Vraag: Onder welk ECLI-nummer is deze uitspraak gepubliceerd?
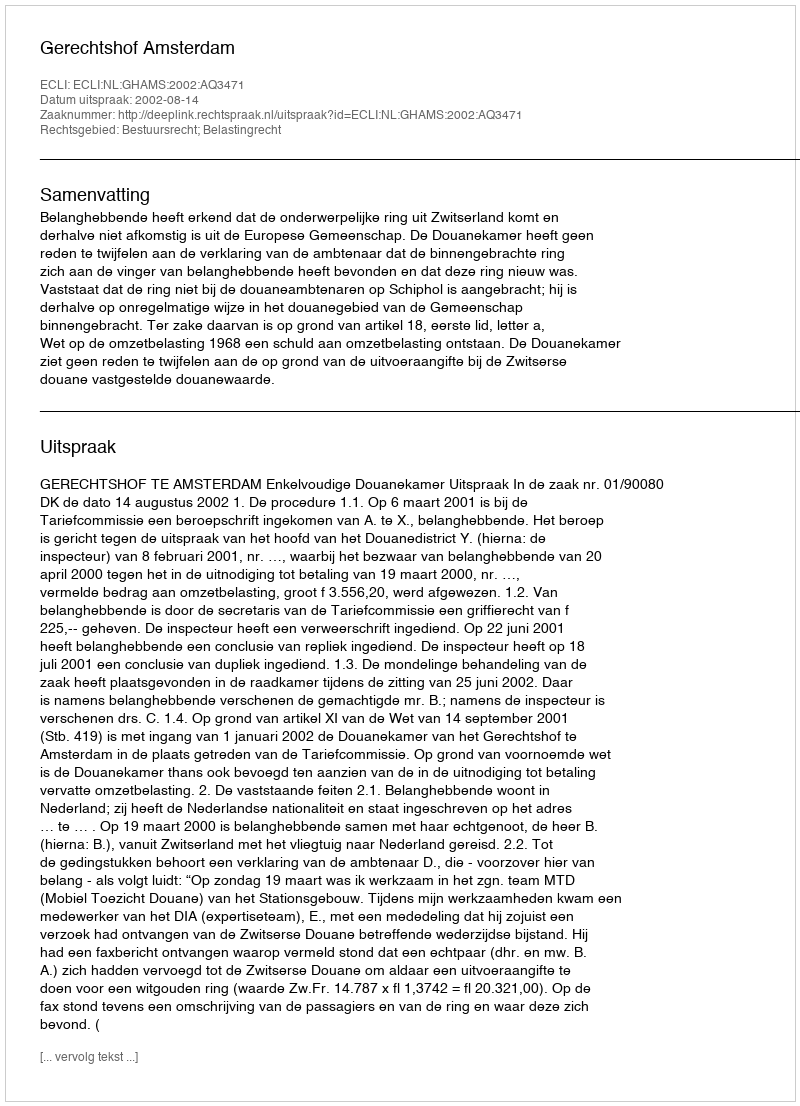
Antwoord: ECLI:NL:GHAMS:2002:AQ3471